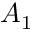
A _ { 1 }